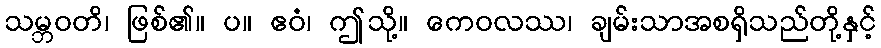
သမ္ဘဝတိ၊ ဖြစ်၏။ ပ။ ဧဝံ၊ ဤသို့။ ကေဝလဿ၊ ချမ်းသာအစရှိသည်တို့နှင့်